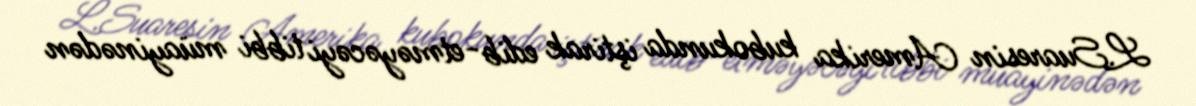
L.Suaresin Amerika kubokunda iştirak edib-etməyəcəyi tibbi müayinədən